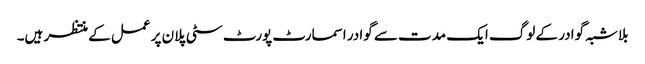
بلاشبہ گوادر کے لوگ ایک مدت سے گوادر اسمارٹ پورٹ سٹی پلان پر عمل کے منتظر ہیں۔